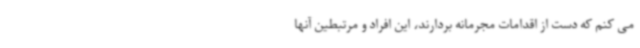
می کنم که دست از اقدامات مجرمانه بردارند، این افراد و مرتبطین آنها